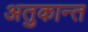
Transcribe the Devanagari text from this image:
अतुकान्त